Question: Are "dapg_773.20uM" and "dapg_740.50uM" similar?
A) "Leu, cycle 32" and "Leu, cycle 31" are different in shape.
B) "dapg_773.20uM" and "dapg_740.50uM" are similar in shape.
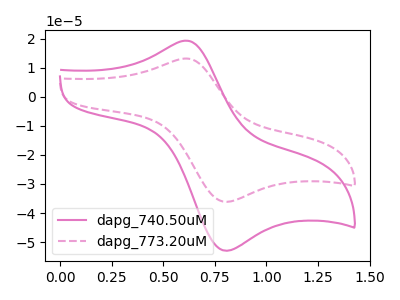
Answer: <think>The pink curve "dapg_740.50uM" has an anodic peak at (0.60V, 19.35uA) and a cathodic peak at (0.80V, -52.90uA). The pink dashed curve "dapg_773.20uM" has an anodic peak at (0.60V, 13.20uA) and a cathodic peak at (0.80V, -36.10uA).
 All the peaks in "dapg_773.20uM" have a peak in "dapg_740.50uM" at the same potential. Every peak in "dapg_773.20uM" is lower than every peak in "dapg_740.50uM".</think>
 <answer>B) "dapg_773.20uM" and "dapg_740.50uM" are similar in shape.</answer>
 <eval>B</eval>